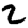
Digit: 2